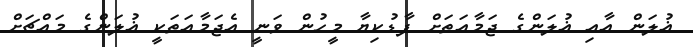
ޣުލަން އާއި ޣުލަންގެ ޖަމާއަތަށް ފާޑުކިޔާ މީހުން ވަނީ އެޖަމާއަތަކީ ޣުލަންގެ މައްޗަށް